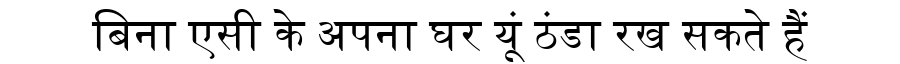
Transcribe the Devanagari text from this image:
बिना एसी के अपना घर यूं ठंडा रख सकते हैं